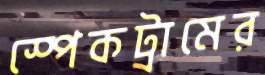
স্পেকট্রামের